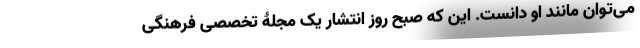
می‌توان مانند او دانست. این که صبح روز انتشار یک مجلۀ تخصصی فرهنگی